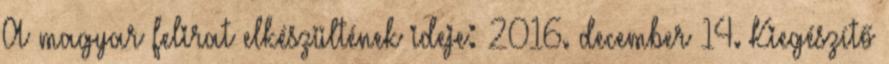
A magyar felirat elkészültének ideje: 2016. december 14. Kiegészítő